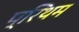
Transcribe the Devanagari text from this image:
प्रिथम